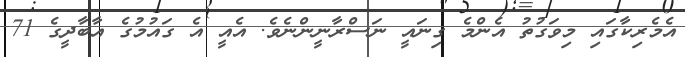
އެމެރިކާގައި މިވަގުތު އެންމެ ގިނައީ ނަސްރާނީންނެވެ. އެއީ އެ ގައުމުގެ އާބާދީގެ 71